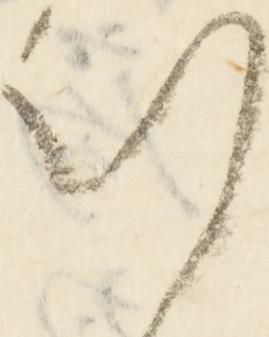
刻